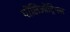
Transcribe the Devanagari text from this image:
पोलिओट्रिपल